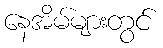
နေအိမ်များတွင်